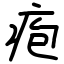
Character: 疱